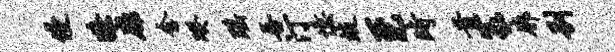
侵獠扉含暌瑶吾汀忆歧至时首篆廓别